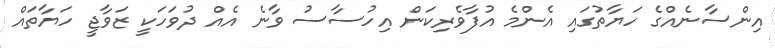
އިންސާނެއްގެ ހަޔާތުގައި އެންމެ އުފާވެރިކަން އިހުސާސު ވާނެ އެއް ދުވަހަކީ ޒަވާޖީ ހަޔާތައް